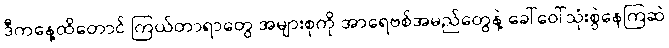
ဒီကနေ့ထိတောင် ကြယ်တာရာတွေ အများစုကို အာရေဗစ်အမည်တွေနဲ့ ခေါ်ဝေါ်သုံးစွဲနေကြဆဲ